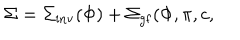
LaTeX: \Sigma = \Sigma _ { \mathrm { i n v } } ( \Phi ) + \Sigma _ { \mathrm { g f } } ( \Phi , \pi , c ,